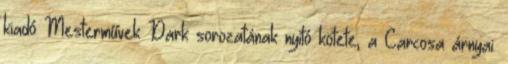
kiadó Mesterművek Dark sorozatának nyitó kötete, a Carcosa árnyai.